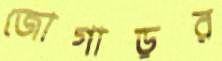
জোগাড়র